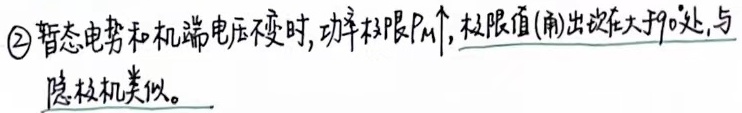
\textcircled{2}暂态电势和机端电压不变时, 功率极限 \(P_{M}\)↑, 极限值(角)出现在大于 \(90^{\circ}\) 处, 与隐极机类似。